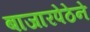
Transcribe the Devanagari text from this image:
बाजारपेठेने